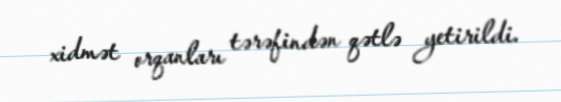
xidmət orqanları tərəfindən qətlə yetirildi.